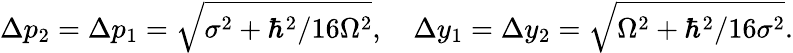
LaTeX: \Delta p_{2}=\Delta p_{1}={\sqrt{\sigma^{2}+{\hbar^{2}/16\Omega^{2}}}},~~~~\Delta y_{1}=\Delta y_{2}={\sqrt{\Omega^{2}+\hbar^{2}/16\sigma^{2}}}.